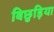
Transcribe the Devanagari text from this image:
बिछुड़िया